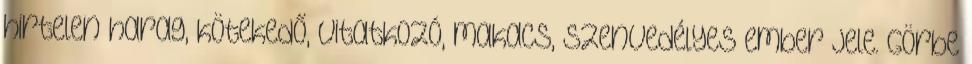
hirtelen harag, kötekedő, vitatkozó, makacs, szenvedélyes ember jele. Görbe